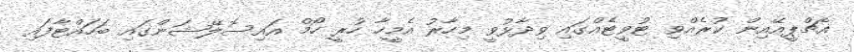
އެޗްޕީއޭއިން ކުރެއްވި ޓުވީޓެއްގައި ވިދާޅުވީ މިހާރު އެމީހާ ހުރީ ހޯމް އައިސޮލޭޝަންގައި ބަހައްޓާފައި